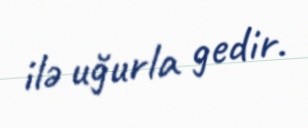
ilə uğurla gedir.